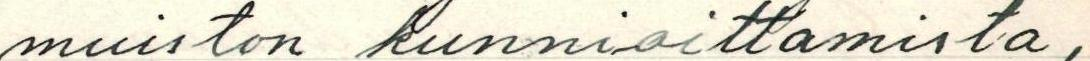
muiston kunnioittamista,